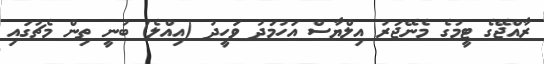
ރާއްޖޭގެ ޓީމުގެ މެނޭޖަރު އިލްޔާސް އަހުމަދު ވަހީދު (އިއްލެ) ބުނީ ތިން މެޗުގައި